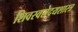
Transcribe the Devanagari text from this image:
शिवस्वरोदयशास्त्र